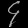
Digit: ၄